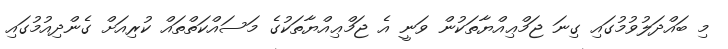
މި ބައްދަލުވުމުގައި ގިނަ ޖަމްޢިއްޔާތަކުން ވަނީ އެ ޖަމްޢިއްޔާތަކުގެ މަސައްކަތްތައް ކުރިއަށް ގެންދިއުމުގައިި